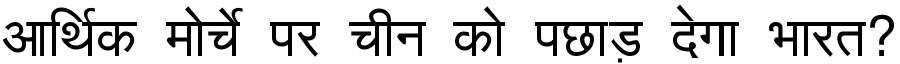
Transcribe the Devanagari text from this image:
आर्थिक मोर्चे पर चीन को पछाड़ देगा भारत?